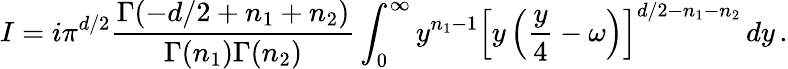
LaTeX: I=i\pi^{d/2}\frac{\Gamma(-d/2+n_{1}+n_{2})}{\Gamma(n_{1})\Gamma(n_{2})}\int_{0}^{\infty}y^{n_{1}-1}\left[y\left(\frac{y}{4}-\omega\right)\right]^{d/2-n_{1}-n_{2}}\, dy\, .